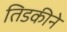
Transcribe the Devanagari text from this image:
तिडकीने